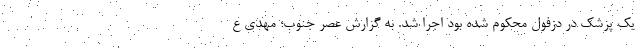
یک پزشک در دزفول محکوم شده بود اجرا شد. به گزارش عصر جنوب؛ مهدی ع